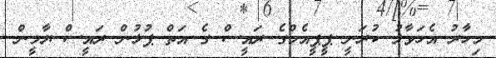
މިހާރު އެހަވާލު ކުރަނީ ޕީޕީއެމްގެ ރައީސް ގެ އަތް ޕުޅުން ރައީސް ޔާމީން